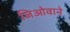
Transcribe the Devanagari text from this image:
जिओवाने